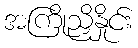
အကြိုညှိနှိုင်း